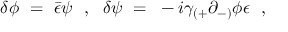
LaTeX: \delta \phi ~ = ~ { \bar { \epsilon } } \psi ~ ~ , ~ ~ \delta \psi ~ = ~ - i \gamma _ { ( + } \partial _ { - ) } \phi \epsilon ~ ~ ,